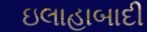
ઇલાહાબાદી